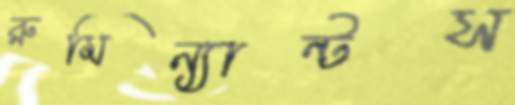
রুমিন্যান্টস